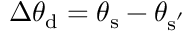
\Delta \theta _ { \mathrm { { d } } } = \theta _ { \mathrm { { s } } } - \theta _ { \mathrm { { s } ^ { ' } } }